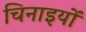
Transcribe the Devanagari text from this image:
चिनाइयों